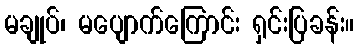
မချုပ်၊ မပျောက်ကြောင်း ရှင်းပြခန်း။